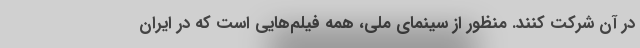
در آن شرکت کنند. منظور از سینمای ملی، همه فیلم‌هایی است که در ایران